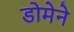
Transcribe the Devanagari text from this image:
डोमेने